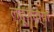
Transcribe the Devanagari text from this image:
लहूजींच्या